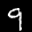
Label: 9